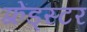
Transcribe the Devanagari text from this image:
फ़्रेंड्स्टर